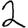
Digit: 2